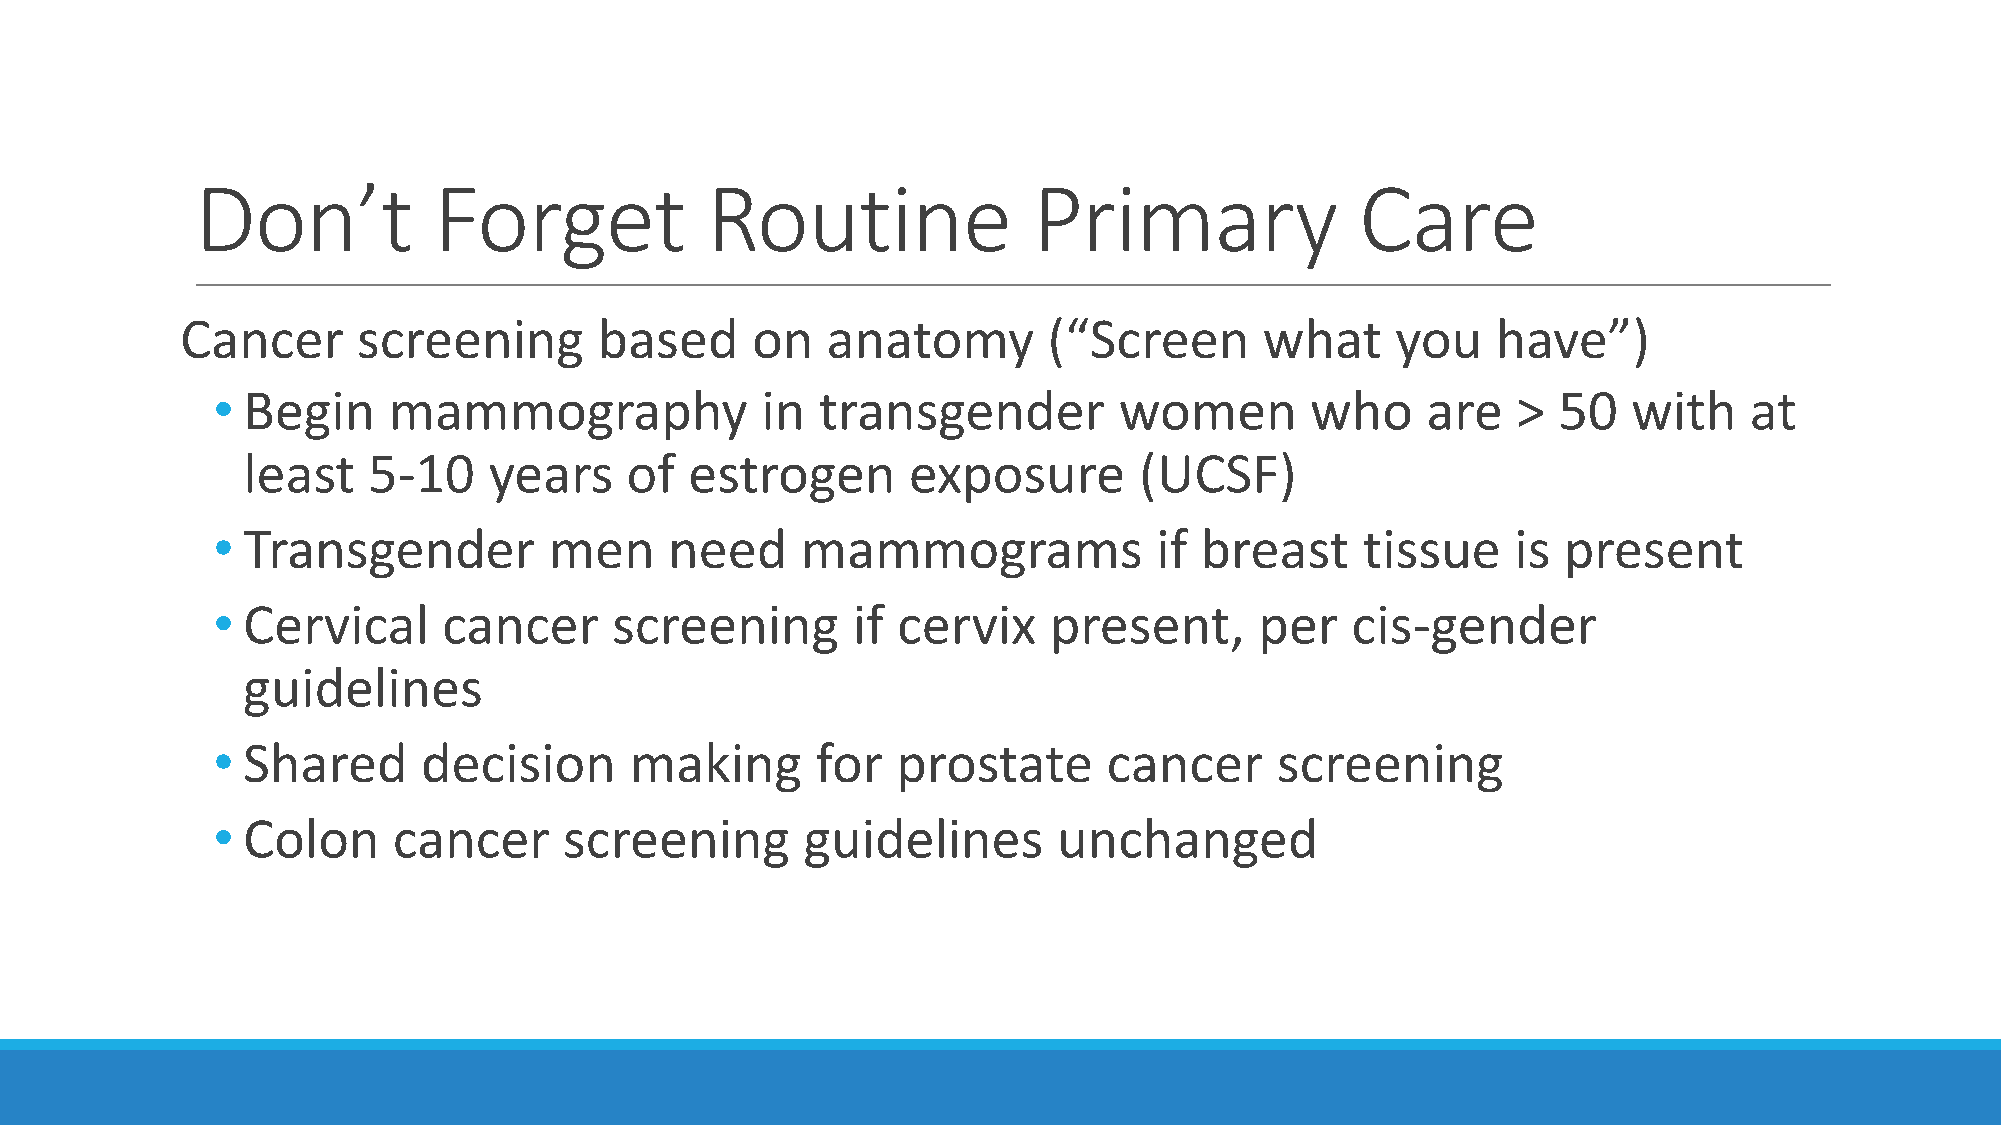
Don’t           Forget            Routine              Primary               Care
 Cancer      screening       based     on   anatomy       (“Screen       what    you    have”)
 • Begin     mammography             in  transgender         women        who    are   >  50   with    at
 least   5-10    years    of   estrogen      exposure       (UCSF)
 • Transgender         men     need     mammograms              if breast    tissue    is present
 • Cervical     cancer      screening      if cervix    present,      per   cis-gender
 guidelines
 • Shared      decision      making      for  prostate      cancer     screening
 • Colon     cancer     screening       guidelines       unchanged